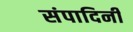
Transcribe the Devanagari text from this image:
संपादिनी